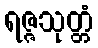
ရဇ္ဇသုတ္တံ